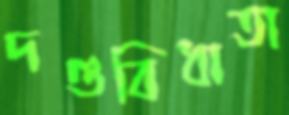
দণ্ডবিধাতা